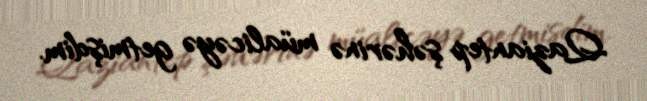
Qaziantep şəhərinə müalicəyə getmişdim.